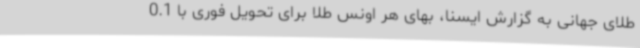
طلای جهانی به گزارش ایسنا، بهای هر اونس طلا برای تحویل فوری با 0.1